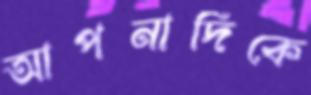
আপনাদিকে